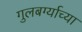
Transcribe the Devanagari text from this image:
गुलबर्ग्याच्या